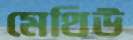
মেথিউ